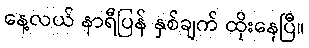
နေ့လယ် နာရီပြန် နှစ်ချက် ထိုးနေပြီ။